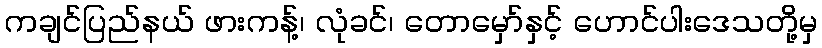
ကချင်ပြည်နယ် ဖားကန့်၊ လုံခင်၊ တောမှော်နှင့် ဟောင်ပါးဒေသတို့မှ